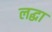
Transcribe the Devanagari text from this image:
लद्धा